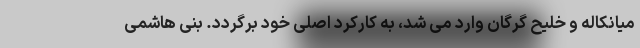
میانکاله و خلیح گرگان وارد می شد، به کارکرد اصلی خود برگردد. بنی هاشمی